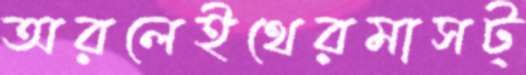
অরলেইথেরমাসট্